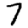
Digit: 7